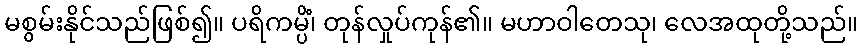
မစွမ်းနိုင်သည်ဖြစ်၍။ ပရိကမ္ပိံ၊ တုန်လှုပ်ကုန်၏။ မဟာဝါတေသု၊ လေအထုတို့သည်။